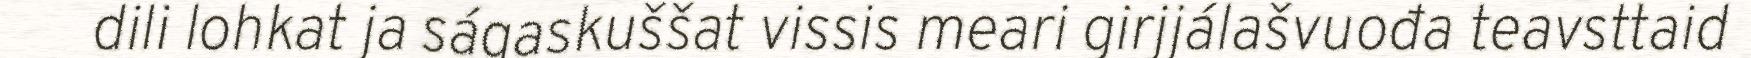
dili lohkat ja ságaskuššat vissis meari girjjálašvuođa teavsttaid